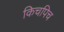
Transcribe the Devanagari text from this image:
किचपिच